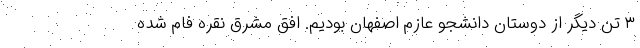
۳ تن دیگر از دوستان دانشجو عازم اصفهان بودیم. افق مشرق نقره فام شده